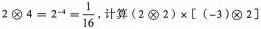
$$2 \bigotimes 4=2^{-4}= \frac{1}{16}$$， 计算$$(2\bigotimes 2)\times \left [ (-3)\bigotimes 2 \right ]$$